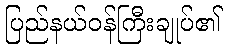
ပြည်နယ်ဝန်ကြီးချုပ်၏